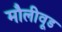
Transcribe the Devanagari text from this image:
मौलीवूड